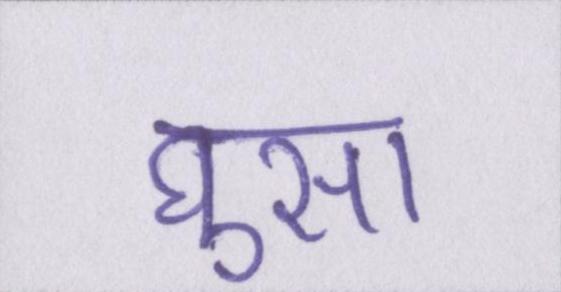
घुसा